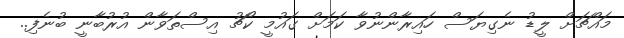
މައްޗަށް ލީޑު ނެގިޔަސް ހައިރާންނުވާ ކަމަށް ގައުމީ ކޯޗު އިސްތަވާން އުރުބާނީ ބުނެފި..